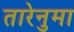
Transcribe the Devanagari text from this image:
तारेनुमा